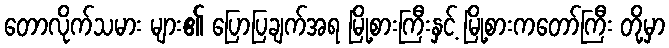
တောလိုက်သမား များ၏ ပြောပြချက်အရ မြို့စားကြီးနှင့် မြို့စားကတော်ကြီး တို့မှာ